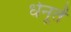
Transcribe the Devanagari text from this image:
धेनूतें